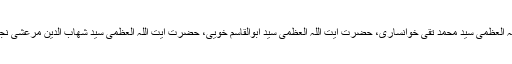
حضرت آیت اللہ العظمیٰ سید محسن حکیم، حضرت آیت اللہ العظمیٰ سید محمد تقی خوانساری، حضرت آیت اللہ العظمیٰ سید ابوالقاسم خویی، حضرت آیت اللہ العظمیٰ سید شهاب الدین مرعشی نجفی، حضرت آیت اللہ العظمیٰ شیخ محمد تقی بهجت وغیرہ۔